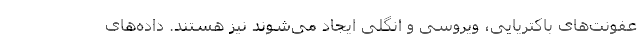
عفونت‌های باکتریایی، ویروسی و انگلی ایجاد می‌شوند نیز هستند. داده‌های